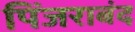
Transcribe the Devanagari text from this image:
पिंजराबंद